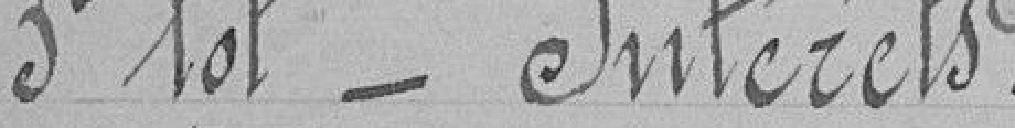
3è lot_ Intérêts .